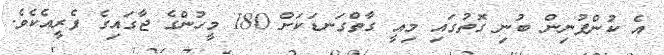
އެ ކުންފުނިން ބުނި ގޮތުގައި މިއީ ގާތްގަނޑަކަށް 180 މީހުންގެ ޖާގައިގެ ފެރީއެކެވެ.